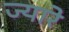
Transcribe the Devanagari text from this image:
ज्यारे